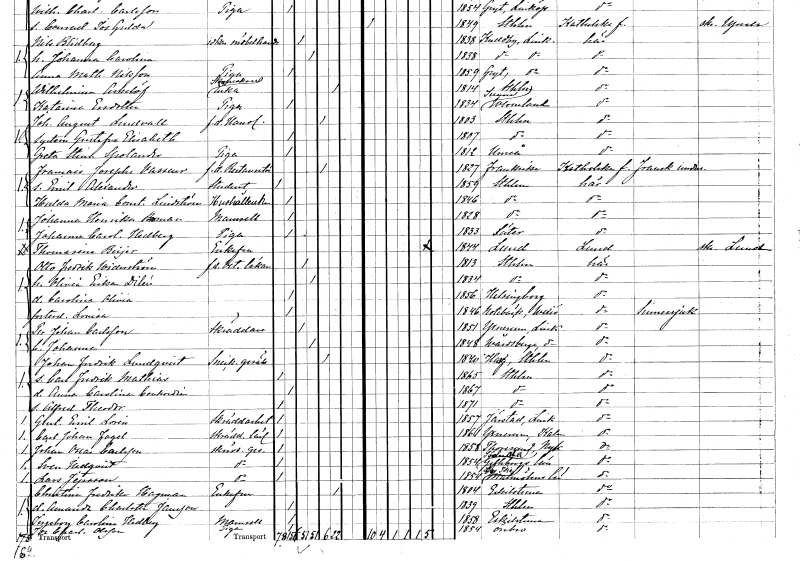
gt_parse: households: individuals: FN: Francoise Joseph
EN: Vasseur
YRKE: Restauratör f.d.
KON: M
CIV: E
FODAR: 1827
FN: Emil Alexander
YRKE: Student
KON: M
CIV: O
FODAR: 1859
FODFORS: Stockholm
FN: Hulda Maria Constancia
EN: Lindström
YRKE: Hushållerska
KON: K
CIV: O
FODAR: 1846
FODFORS: Stockholm
FN: Johanna Henrika
EN: Boman
KON: K
CIV: O
FODAR: 1828
FODFORS: Stockholm
FN: Johanna Carolina
EN: Hedberg
YRKE: Piga
KON: K
CIV: O
FODAR: 1833
FODFORS: Säter Kopparbergs län
FN: Thomasina
EN: Beijer
KON: K
CIV: E
FODAR: 1844
FODFORS: Lund Malmöhus län
FN: Otto Fredrik
EN: Widerström
YRKE: Veterinärläkare f.d.
KON: M
CIV: G
FODAR: 1813
FODFORS: Stockholm
FN: Olivia Erika
EN: Dilén
KON: K
CIV: G
FODAR: 1834
FODFORS: Stockholm
FN: Carolina Olivia
KON: K
CIV: O
FODAR: 1856
FODFORS: Helsingborg Malmöhus län
FN: Lovisa
KON: K
CIV: O
FODAR: 1846
FODFORS: Nottebäck Kronobergs län
FN: Per Johan
EN: Carlsson
YRKE: Skräddare
KON: M
CIV: G
FODAR: 1851
FODFORS: Yxnerum Östergötlands län
FN: Johanna
KON: K
CIV: G
FODAR: 1848
FODFORS: Vårdsberg Östergötlands län
FN: Johan Fredrik
EN: Lundqvist
YRKE: Snickaregesäll
KON: M
CIV: E
FODAR: 1840
FODFORS: Harg Uppsala län
FN: Carl Fredrik Mathias
KON: M
CIV: O
FODAR: 1865
FODFORS: Stockholm
FN: Anna Carolina Conkordia
KON: K
CIV: O
FODAR: 1867
FODFORS: Stockholm
FN: Alfred Theodor
KON: M
CIV: O
FODAR: 1871
FODFORS: Stockholm
FN: Gustaf Emil
EN: Lovin
YRKE: Skrädderiarbetare
KON: M
CIV: O
FODAR: 1857
FODFORS: Järstad Östergötlands län
FN: Carl Johan
EN: Fogel
YRKE: Skräddarelärling
KON: M
CIV: O
FODAR: 1861
FODFORS: Yxnerum Östergötlands län
FN: Johan Oscar
EN: Carlsson
YRKE: Skräddaregesäll
KON: M
CIV: O
FODAR: 1858
FODFORS: Toresund Södermanlands län
FN: Sven
EN: Hedqvist
YRKE: Skräddaregesäll
KON: M
CIV: O
FODAR: 1854
FODFORS: Söderala Gävleborgs län
FN: Lars
EN: Jepsson
YRKE: Skräddaregesäll
KON: M
CIV: O
FODAR: 1854
FODFORS: Lilla Isie Malmöhus län
FN: Christina Fredrika
EN: Hagman
KON: K
CIV: E
FODAR: 1814
FODFORS: Eskilstuna Södermanlands län
FN: Amanda Charlotta
EN: Jansson
KON: K
CIV: O
FODAR: 1839
FODFORS: Stockholm
FN: Ingeborg Carolina
EN: Hedberg
KON: K
CIV: O
FODAR: 1858
FODFORS: Eskilstuna Södermanlands län
FN: Ida Charlotta
EN: Olsson
YRKE: Piga
KON: K
CIV: O
FODAR: 1854
FODFORS: Örebro Örebro län